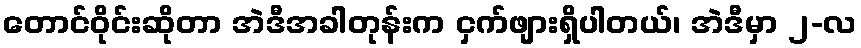
တောင်ဝိုင်းဆိုတာ အဲဒီအခါတုန်းက ငှက်ဖျားရှိပါတယ်၊ အဲဒီမှာ ၂-လ